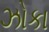
ઝોકા